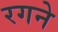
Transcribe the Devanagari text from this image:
रगने